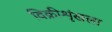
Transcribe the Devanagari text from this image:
विक्रीशृंखला